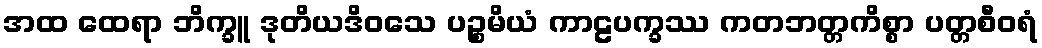
အထ ထေရာ ဘိက္ခူ ဒုတိယဒိဝသေ ပဉ္စမိယံ ကာဠပက္ခဿ ကတဘတ္တကိစ္စာ ပတ္တစီဝရံ